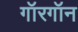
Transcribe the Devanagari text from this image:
गॉरगॉन